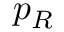
p _ { R }